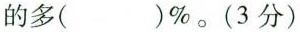
的多( )\%。(3分)